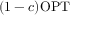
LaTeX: ( 1 - c ) \mathrm { O P T }